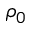
\rho _ { 0 }